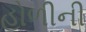
હોળીની